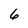
Character: 6